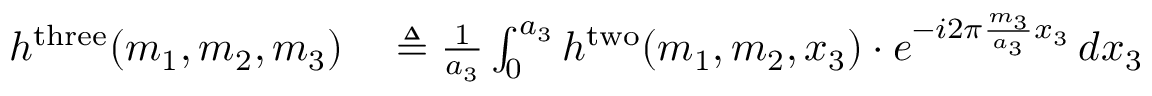
\begin{array} { r l } { h ^ { \mathrm { t h r e e } } ( m _ { 1 } , m _ { 2 } , m _ { 3 } ) } & { { } \triangleq { \frac { 1 } { a _ { 3 } } } \int _ { 0 } ^ { a _ { 3 } } h ^ { \mathrm { t w o } } ( m _ { 1 } , m _ { 2 } , x _ { 3 } ) \cdot e ^ { - i 2 \pi { \frac { m _ { 3 } } { a _ { 3 } } } x _ { 3 } } \, d x _ { 3 } } \end{array}